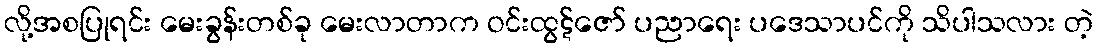
လို့အစပြုရင်း မေးခွန်းတစ်ခု မေးလာတာက ဝင်းထွဋ်ဇော် ပညာရေး ပဒေသာပင်ကို သိပါသလား တဲ့